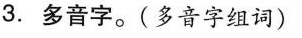
3.多音字。(多音字组词)